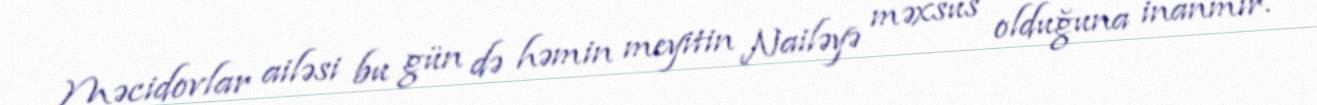
Məcidovlar ailəsi bu gün də həmin meyitin Nailəyə məxsus olduğuna inanmır.